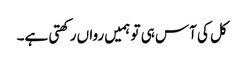
کل کی آس ہی تو ہمیں رواں رکھتی ہے۔